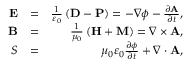
\begin{array} { r l r } { \mathbf { E } } & { = } & { \frac { 1 } { \varepsilon _ { 0 } } \left( \mathbf { D } - \mathbf { P } \right) = - \nabla \phi - \frac { \partial \mathbf { A } } { \partial t } , } \\ { \mathbf { B } } & { = } & { \frac { 1 } { \mu _ { 0 } } \left( \mathbf { H } + \mathbf { M } \right) = \nabla \times \mathbf { A } , } \\ { S } & { = } & { \mu _ { 0 } \varepsilon _ { 0 } \frac { \partial \phi } { \partial t } + \nabla \cdot \mathbf { A } , } \end{array}